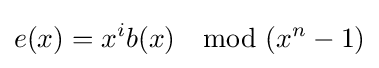
e(x)=x^{i}b(x)\mod (x^{n}-1)